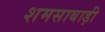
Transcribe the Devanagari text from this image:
शमसाबाड़ी